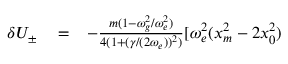
\begin{array} { r l r } { \delta U _ { \pm } } & { { } = } & { - \frac { m ( 1 - \omega _ { g } ^ { 2 } / \omega _ { e } ^ { 2 } ) } { 4 ( 1 + ( \gamma / ( 2 \omega _ { e } ) ) ^ { 2 } ) } [ \omega _ { e } ^ { 2 } ( x _ { m } ^ { 2 } - 2 x _ { 0 } ^ { 2 } ) } \end{array}